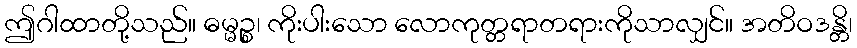
ဤဂါထာတို့သည်။ ဓမ္မဉ္စ၊ ကိုးပါးသော လောကုတ္တရာတရားကိုသာလျှင်။ အတိဝဒန္တိ၊